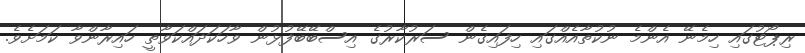
ރިޕޯޓުގައި ހިމެނޭ އެންމެ ނުކުތާއެއްގައި ހިފައިގެން ސަރުކާރުގެ އިސްބޭބޭފުޅުން ވާހަކަދައްކަވާތީ ހައިރާންވާ ކަމަށެވެ.